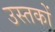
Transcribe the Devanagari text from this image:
उस्तकों